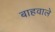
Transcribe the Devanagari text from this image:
बाहवाले